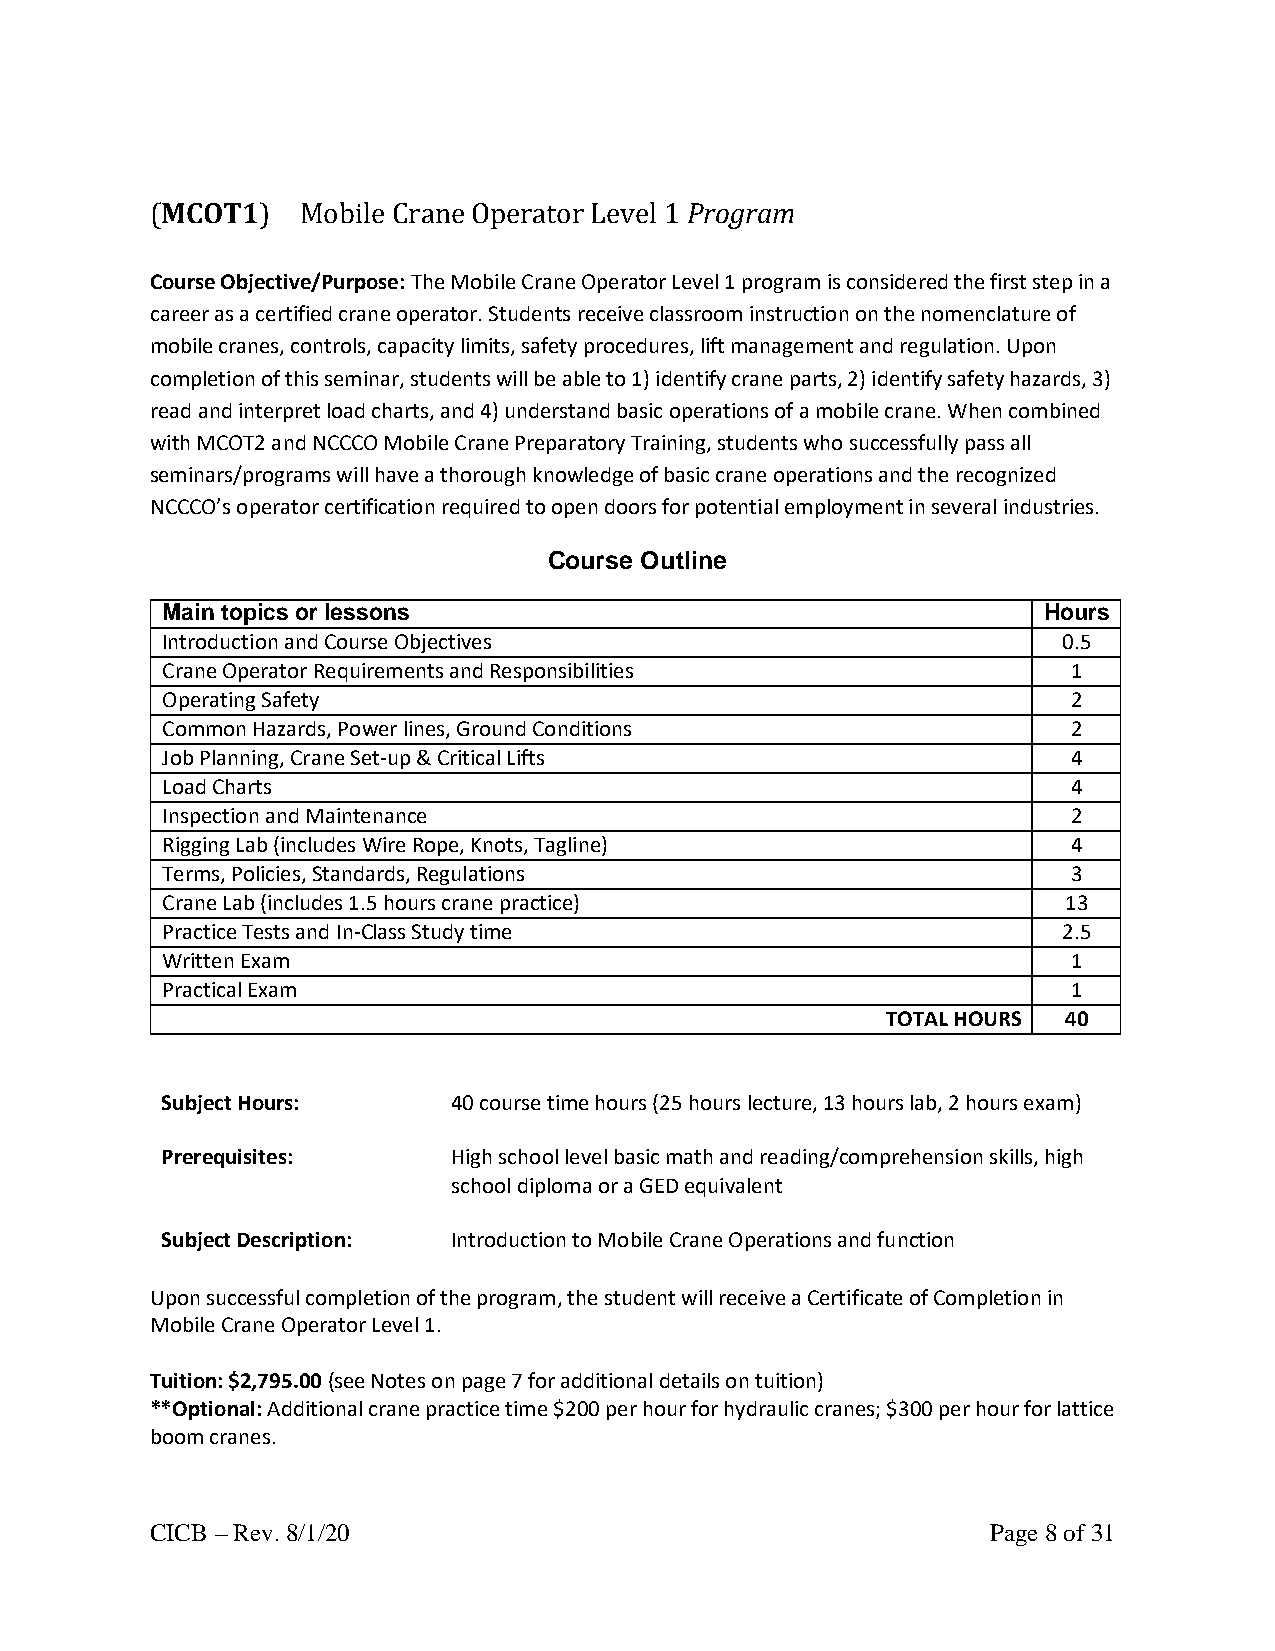
(MCOT1)   Mobile Crane Operator Level 1 Program
 Course Objective/Purpose: The Mobile Crane Operator Level 1 program is considered the first step in a
 career as a certified crane operator. Students receive classroom instruction on the nomenclature of
 mobile cranes, controls, capacity limits, safety procedures, lift management and regulation. Upon
 completion of this seminar, students will be able to 1) identify crane parts, 2) identify safety hazards, 3)
 read and interpret load charts, and 4) understand basic operations of a mobile crane. When combined
 with MCOT2 and NCCCO Mobile Crane Preparatory Training, students who successfully pass all
 seminars/programs will have a thorough knowledge of basic crane operations and the recognized
 NCCCO’s operator certification required to open doors for potential employment in several industries.
 Course Outline
 Main topics or lessons                                    Hours
 Introduction and Course Objectives                         0.5
 Crane Operator Requirements and Responsibilities            1
 Operating Safety                                            2
 Common Hazards, Power lines, Ground Conditions              2
 Job Planning, Crane Set-up & Critical Lifts                 4
 Load Charts                                                 4
 Inspection and Maintenance                                  2
 Rigging Lab (includes Wire Rope, Knots, Tagline)            4
 Terms, Policies, Standards, Regulations                     3
 Crane Lab (includes 1.5 hours crane practice)               13
 Practice Tests and In-Class Study time                     2.5
 Written Exam                                                1
 Practical Exam                                              1
 TOTAL HOURS 40
 Subject Hours:     40 course time hours (25 hours lecture, 13 hours lab, 2 hours exam)
 Prerequisites:     High school level basic math and reading/comprehension skills, high
 school diploma or a GED equivalent
 Subject Description: Introduction to Mobile Crane Operations and function
 Upon successful completion of the program, the student will receive a Certificate of Completion in
 Mobile Crane Operator Level 1.
 Tuition: $2,795.00 (see Notes on page 7 for additional details on tuition)
 **Optional: Additional crane practice time $200 per hour for hydraulic cranes; $300 per hour for lattice
 boom cranes.
 CICB – Rev. 8/1/20                                      Page 8 of 31